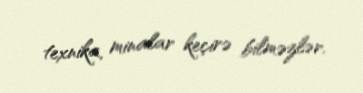
texnika, minalar keçirə bilməzlər.